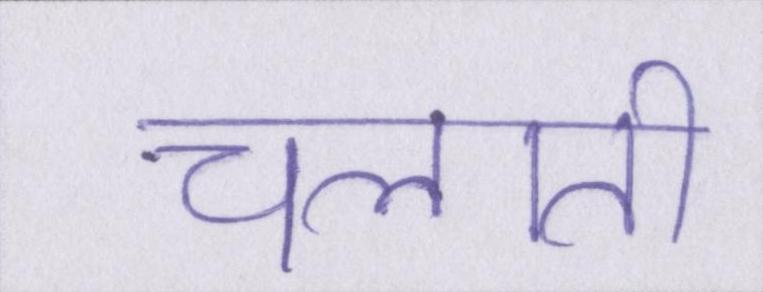
चलाती